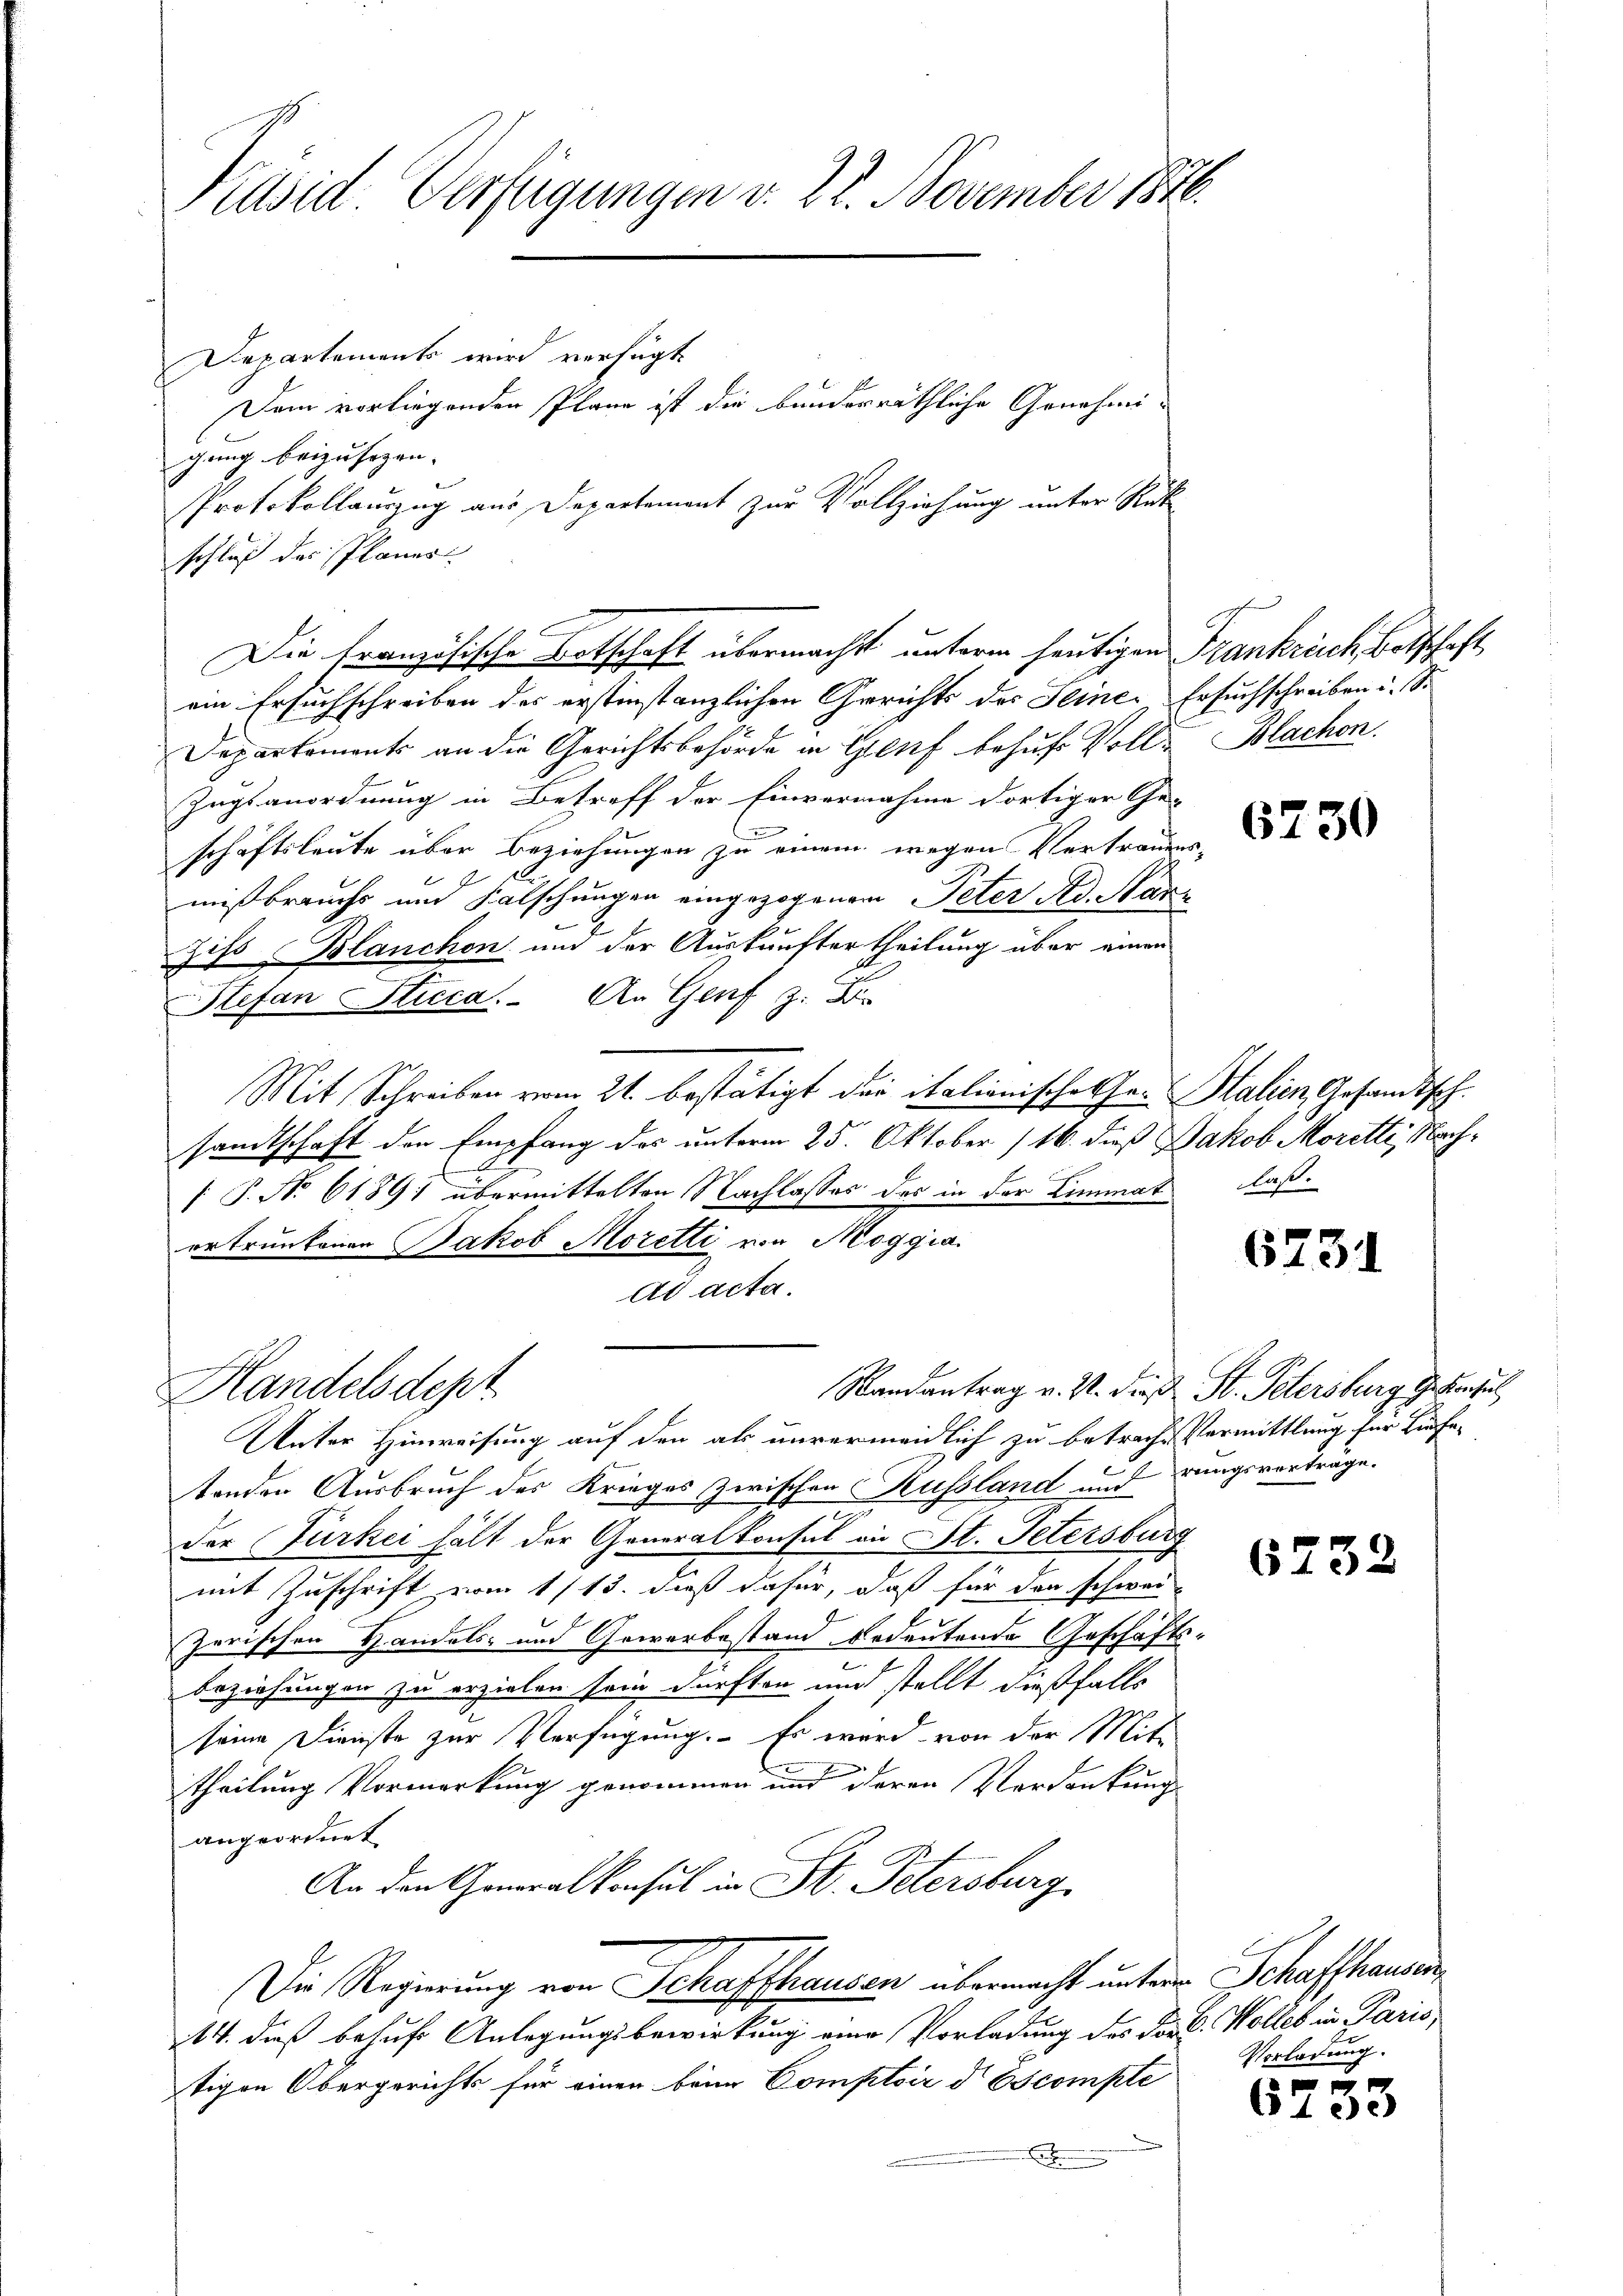
Präsid Verfügungen v. 22. November 1876.

Departements wird verfügt
gung beizufügen.
schluß des Planes
ein Ersuchschreiben des erstinstanzlichen Gerichts des Seiner Ersuchschreiben u. S.
Separtements an die Gerichtsbehörde in Genf behufs Voll¬
Zngsanordnung in Betreff der Einvernahme dortiger Ge-
schaftsleute über Beziehungen zu einem wegen Vertrauen
0
A
mißbrauchs um Falschungen eingezogenem Peter Ad. Mar
Zifs Blanchen und der Auskauftertheilung über einen
Stefan Stucca. An Genf z. B.
Mit Schreiben vom 21. bestätigt der italionisches Hr. Stalien Gesandtsch
sandtschaft den Empfang des unterm 25. Oktober (16. dieß Jakob Moretti, Nach¬
 P. No 6189; übermittelten Nachlasses des in der Limmat
ertrunkenen Jakob Moretti von Maggia
ad acta.
Randantrag v. M. dieß St. Petersburg Gebrachel
Handelsdepr
Unter Hinweisung auf den als unvermeidlich zu betrache Vermittlung für Liefe¬
6
tenden Ausbruch des Krieges zwischen Russland mudrungsverträge.
der Türkei hält der Generalkonsul in St. Petersburg
mit Zuschrift vom 1/13. dieß dafür, daß für den schwei-
zerischen Handels- und Gewerbestand bedeutende Geschäfts
beziehungen zu erzielen sein dürften und stellt dießfalls
seine Dienste zur Verfügung. - Es wird von der Mite
C
theilung Vormerkung genommen und deren Verdankung
angeordnet
An den Generalkonsul in St. Petersburg,
Die Regierung von Schaffhausen übermacht unter Schaffhausen,
14. dieß behufs Anlegungsbewirkung eine Vorladung des Dor C. Wolles in Paris,
tigen Obergerichts für einen beim Comptoir d Escompte
.

Dem vorliegenden Plane ist die bunderräthliche Genehmi¬
Protokollauszug aus Departement zur Vollziehung unter Rück

Die Französische Botschaft übermacht unterm heutigen Frankreich Botschaft,

Blachen.

or
.

6230

laß.

6731

.

623.

Vorladung.

6733